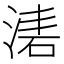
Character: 湱